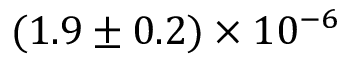
( 1 . 9 \pm 0 . 2 ) \times 1 0 ^ { - 6 }